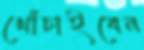
খোঁচাইবেন